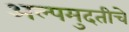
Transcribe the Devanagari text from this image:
अल्पमुदतीचे